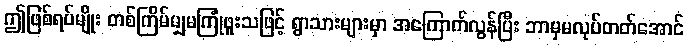
ဤဖြစ်ရပ်မျိုး တစ်ကြိမ်မျှမကြုံဖူးသဖြင့် ရွာသားများမှာ အကြောက်လွန်ပြီး ဘာမှမလုပ်တတ်အောင်